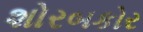
શોરબકોર